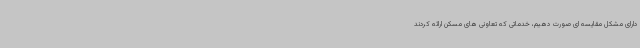
دارای مشکل مقایسه ای صورت دهیم، خدماتی که تعاونی های مسکن ارائه کردند